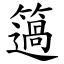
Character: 簻